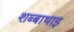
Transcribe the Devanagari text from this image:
शब्बाथाइ